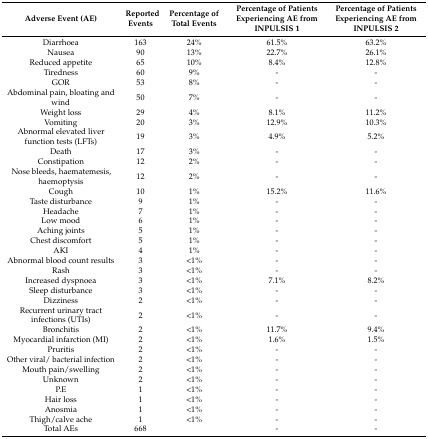
<table><thead><tr><td><b>Adverse Event (AE)</b></td><td><b>Reported Events</b></td><td><b>Percentage of Total Events</b></td><td><b>Percentage of Patients Experiencing AE from INPULSIS 1</b></td><td><b>Percentage of Patients Experiencing AE from INPULSIS 2</b></td></tr></thead><tbody><tr><td>Diarrhoea</td><td>163</td><td>24%</td><td>61.5%</td><td>63.2%</td></tr><tr><td>Nausea</td><td>90</td><td>13%</td><td>22.7%</td><td>26.1%</td></tr><tr><td>Reduced appetite</td><td>65</td><td>10%</td><td>8.4%</td><td>12.8%</td></tr><tr><td>Tiredness</td><td>60</td><td>9%</td><td>-</td><td>-</td></tr><tr><td>GOR</td><td>53</td><td>8%</td><td>-</td><td>-</td></tr><tr><td>Abdominal pain, bloating and wind</td><td>50</td><td>7%</td><td>-</td><td>-</td></tr><tr><td>Weight loss</td><td>29</td><td>4%</td><td>8.1%</td><td>11.2%</td></tr><tr><td>Vomiting</td><td>20</td><td>3%</td><td>12.9%</td><td>10.3%</td></tr><tr><td>Abnormal elevated liver function tests (LFTs)</td><td>19</td><td>3%</td><td>4.9%</td><td>5.2%</td></tr><tr><td>Death</td><td>17</td><td>3%</td><td>-</td><td>-</td></tr><tr><td>Constipation</td><td>12</td><td>2%</td><td>-</td><td>-</td></tr><tr><td>Nose bleeds, haematemesis, haemoptysis</td><td>12</td><td>2%</td><td>-</td><td>-</td></tr><tr><td>Cough</td><td>10</td><td>1%</td><td>15.2%</td><td>11.6%</td></tr><tr><td>Taste disturbance</td><td>9</td><td>1%</td><td>-</td><td>-</td></tr><tr><td>Headache</td><td>7</td><td>1%</td><td>-</td><td>-</td></tr><tr><td>Low mood</td><td>6</td><td>1%</td><td>-</td><td>-</td></tr><tr><td>Aching joints</td><td>5</td><td>1%</td><td>-</td><td>-</td></tr><tr><td>Chest discomfort</td><td>5</td><td>1%</td><td>-</td><td>-</td></tr><tr><td>AKI</td><td>4</td><td>1%</td><td>-</td><td>-</td></tr><tr><td>Abnormal blood count results</td><td>3</td><td>&lt;1%</td><td>-</td><td>-</td></tr><tr><td>Rash</td><td>3</td><td>&lt;1%</td><td>-</td><td>-</td></tr><tr><td>Increased dyspnoea</td><td>3</td><td>&lt;1%</td><td>7.1%</td><td>8.2%</td></tr><tr><td>Sleep disturbance</td><td>3</td><td>&lt;1%</td><td>-</td><td>-</td></tr><tr><td>Dizziness</td><td>2</td><td>&lt;1%</td><td>-</td><td>-</td></tr><tr><td>Recurrent urinary tract infections (UTIs)</td><td>2</td><td>&lt;1%</td><td>-</td><td>-</td></tr><tr><td>Bronchitis</td><td>2</td><td>&lt;1%</td><td>11.7%</td><td>9.4%</td></tr><tr><td>Myocardial infarction (MI)</td><td>2</td><td>&lt;1%</td><td>1.6%</td><td>1.5%</td></tr><tr><td>Pruritis</td><td>2</td><td>&lt;1%</td><td>-</td><td>-</td></tr><tr><td>Other viral/ bacterial infection</td><td>2</td><td>&lt;1%</td><td>-</td><td>-</td></tr><tr><td>Mouth pain/swelling</td><td>2</td><td>&lt;1%</td><td>-</td><td>-</td></tr><tr><td>Unknown</td><td>2</td><td>&lt;1%</td><td>-</td><td>-</td></tr><tr><td>P.E</td><td>1</td><td>&lt;1%</td><td>-</td><td>-</td></tr><tr><td>Hair loss</td><td>1</td><td>&lt;1%</td><td>-</td><td>-</td></tr><tr><td>Anosmia</td><td>1</td><td>&lt;1%</td><td>-</td><td>-</td></tr><tr><td>Thigh/calve ache</td><td>1</td><td>&lt;1%</td><td>-</td><td>-</td></tr><tr><td>Total AEs</td><td>668</td><td></td><td>-</td><td>-</td></tr></tbody></table>